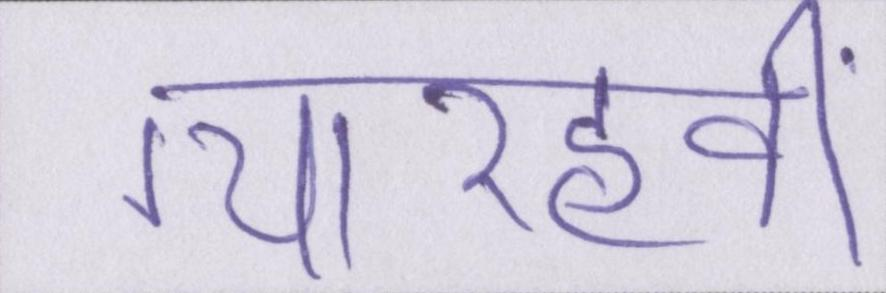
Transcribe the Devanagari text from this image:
ग्यारहवीं